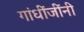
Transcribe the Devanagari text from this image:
गांधींजींनी